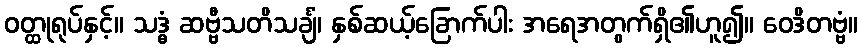
ဝတ္ထုရုပ်နှင့်။ သဒ္ဓံ ဆဗ္ဗီသတိသင်္ချံ၊ နှစ်ဆယ့်ခြောက်ပါး အရေအတွက်ရှိ၏ဟူ၍။ ဝေဒိတဗ္ဗံ။